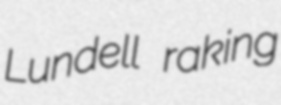
Lundell raking